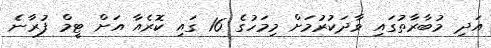
އަދި މުބާރާތުގައި ވާދަކުރުަމަށް މިމަހުގެ 16 ގައި ކޮރެއާ އަށް ޓީމް ފުރާނެ